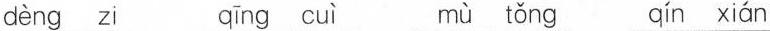
dèng zi qīng cuì mù tǒng qín xián